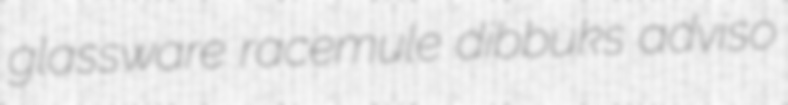
glassware racemule dibbuks adviso